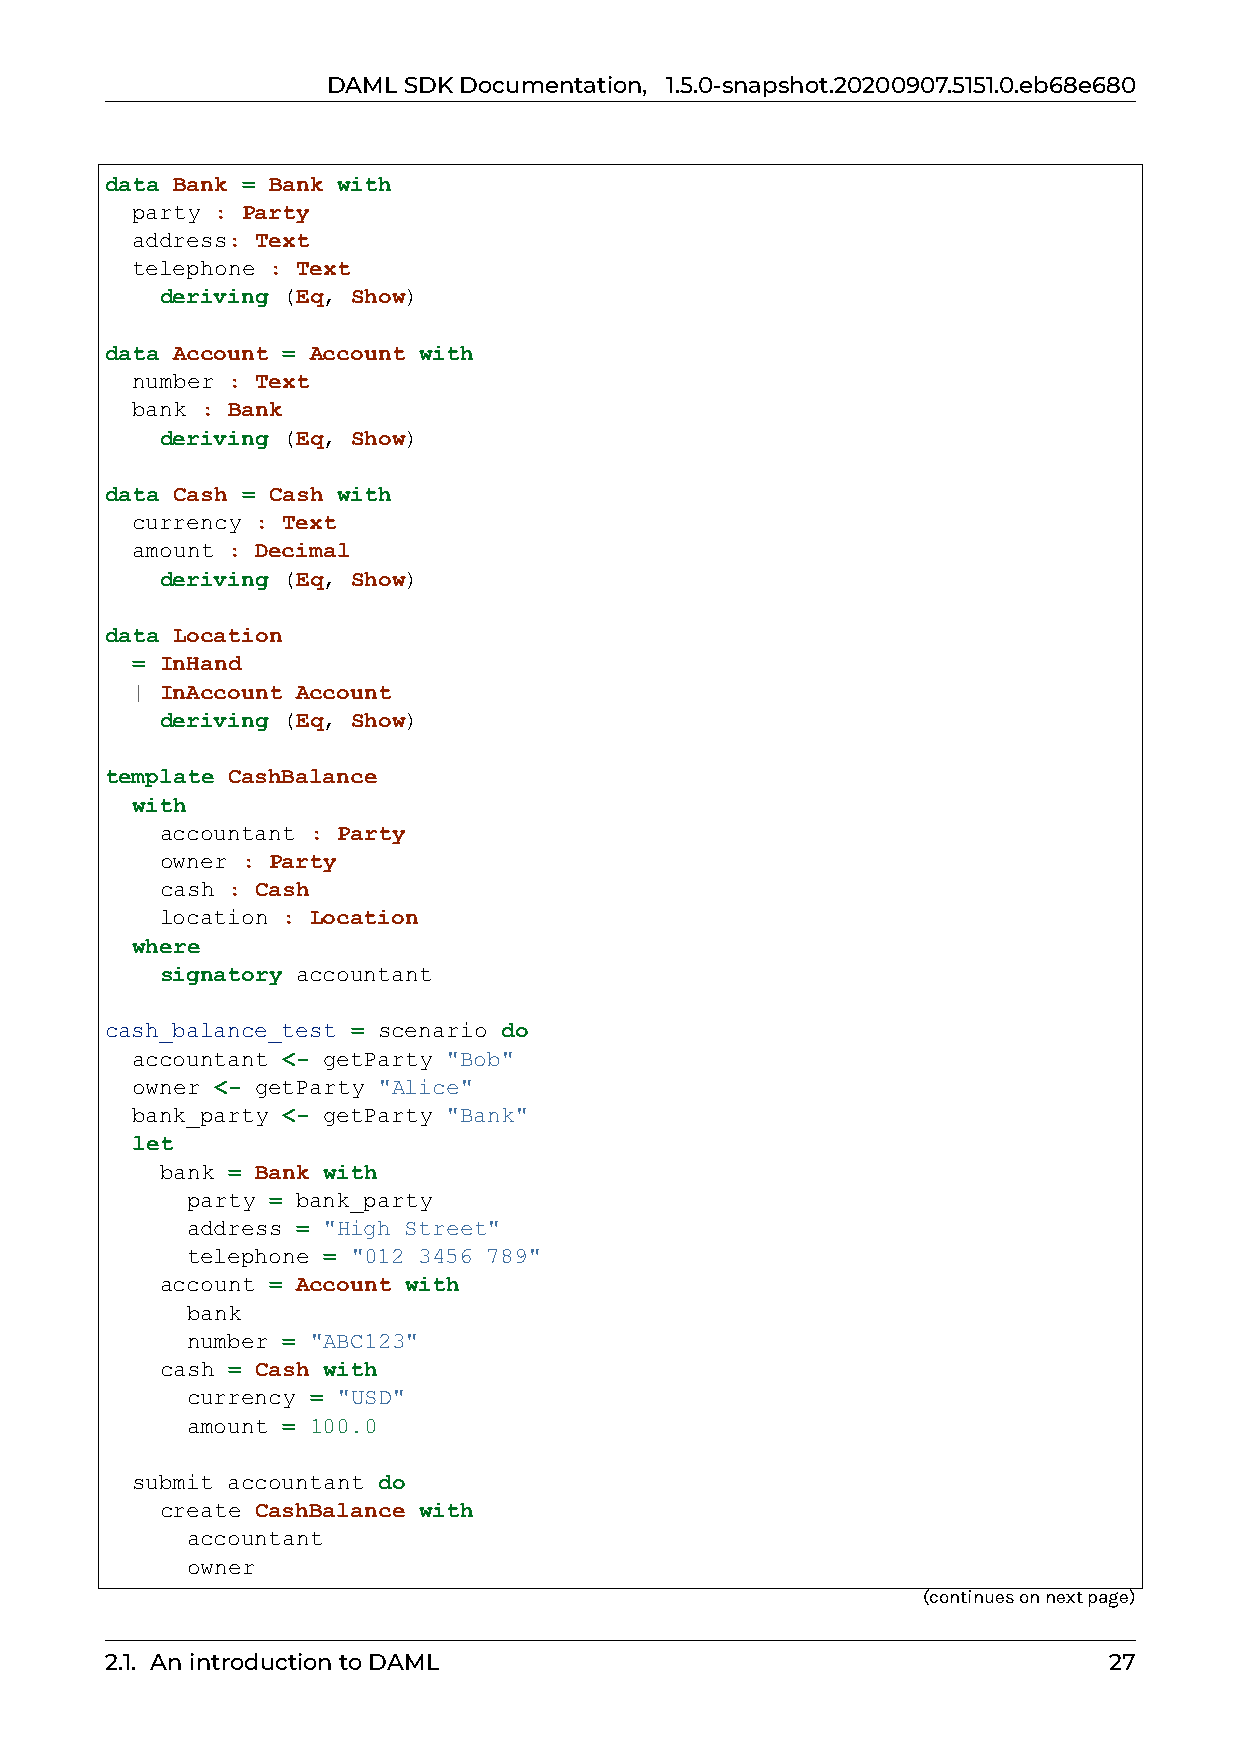
DAMLSDKDocumentation, 1.5.0-snapshot.20200907.5151.0.eb68e680
 data Bank = Bank with
 party : Party
 address: Text
 telephone : Text
 deriving (Eq, Show)
 data Account = Account with
 number : Text
 bank : Bank
 deriving (Eq, Show)
 data Cash = Cash with
 currency : Text
 amount : Decimal
 deriving (Eq, Show)
 data Location
 = InHand
 | InAccount Account
 deriving (Eq, Show)
 template CashBalance
 with
 accountant : Party
 owner : Party
 cash : Cash
 location : Location
 where
 signatory accountant
 cash_balance_test = scenario do
 accountant <- getParty "Bob"
 owner <- getParty "Alice"
 bank_party <- getParty "Bank"
 let
 bank = Bank with
 party = bank_party
 address = "High Street"
 telephone = "012 3456 789"
 account = Account with
 bank
 number = "ABC123"
 cash = Cash with
 currency = "USD"
 amount = 100.0
 submit accountant do
 create CashBalance with
 accountant
 owner
 (continuesonnextpage)
 2.1. AnintroductiontoDAML                                         27